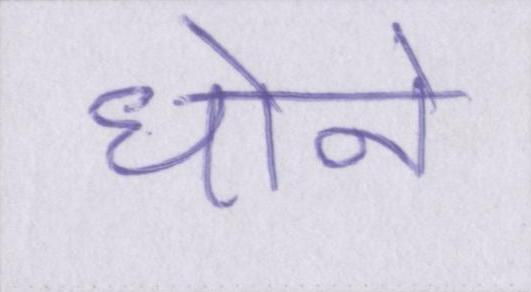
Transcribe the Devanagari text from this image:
धोने